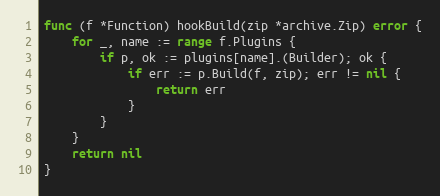
Language: Go
func (f *Function) hookBuild(zip *archive.Zip) error {
	for _, name := range f.Plugins {
		if p, ok := plugins[name].(Builder); ok {
			if err := p.Build(f, zip); err != nil {
				return err
			}
		}
	}
	return nil
}